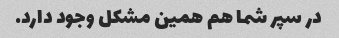
در سپر شما هم همین مشکل وجود دارد.